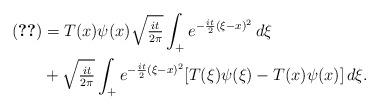
LaTeX: \begin{align*}\eqref{va1} & = T(x)\psi(x)\sqrt{\tfrac{it}{2\pi}}\int_+ e^{-\frac{it}{2}(\xi-x)^2}\,d\xi \\& + \sqrt{\tfrac{it}{2\pi}}\int_+ e^{-\frac{it}{2}(\xi-x)^2}[T(\xi)\psi(\xi)-T(x)\psi(x)]\,d\xi. \end{align*}